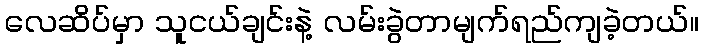
လေဆိပ်မှာ သူငယ်ချင်းနဲ့ လမ်းခွဲတာမျက်ရည်ကျခဲ့တယ်။